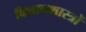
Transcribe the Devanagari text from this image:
विशानशास्त्रों